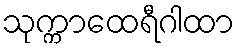
သုက္ကာထေရီဂါထာ